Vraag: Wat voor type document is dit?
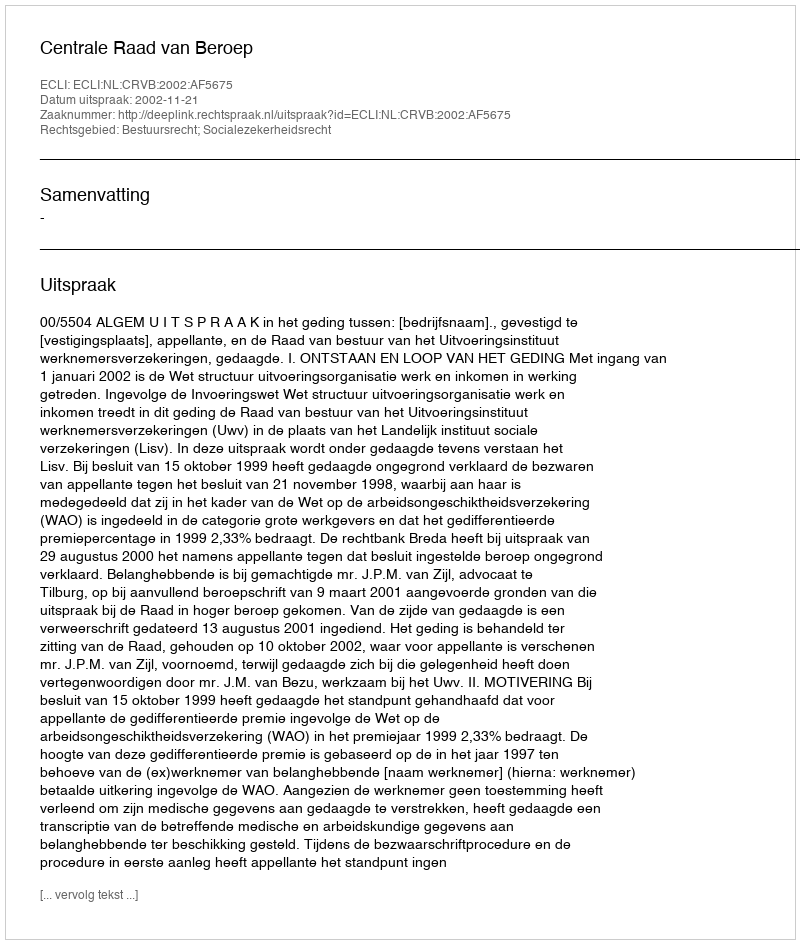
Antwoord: Uitspraak